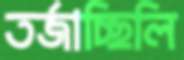
তর্জাচ্ছিলি